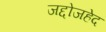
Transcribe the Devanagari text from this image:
जद्दोजहेद